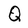
Character: Q